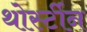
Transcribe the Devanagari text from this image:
थोर्स्टीन